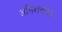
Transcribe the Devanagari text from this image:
अतिशयक्षेत्र।